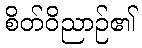
စိတ်ဝိညာဉ်၏